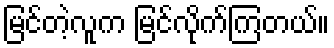
မြင်တဲ့လူက မြင်လိုက်ကြတယ်။